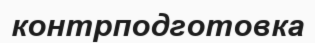
контрподготовка